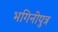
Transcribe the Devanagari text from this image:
भगिनीपुत्र